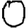
Digit: 0